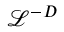
\mathcal L ^ { - D }